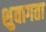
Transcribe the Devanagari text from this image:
शुवागता